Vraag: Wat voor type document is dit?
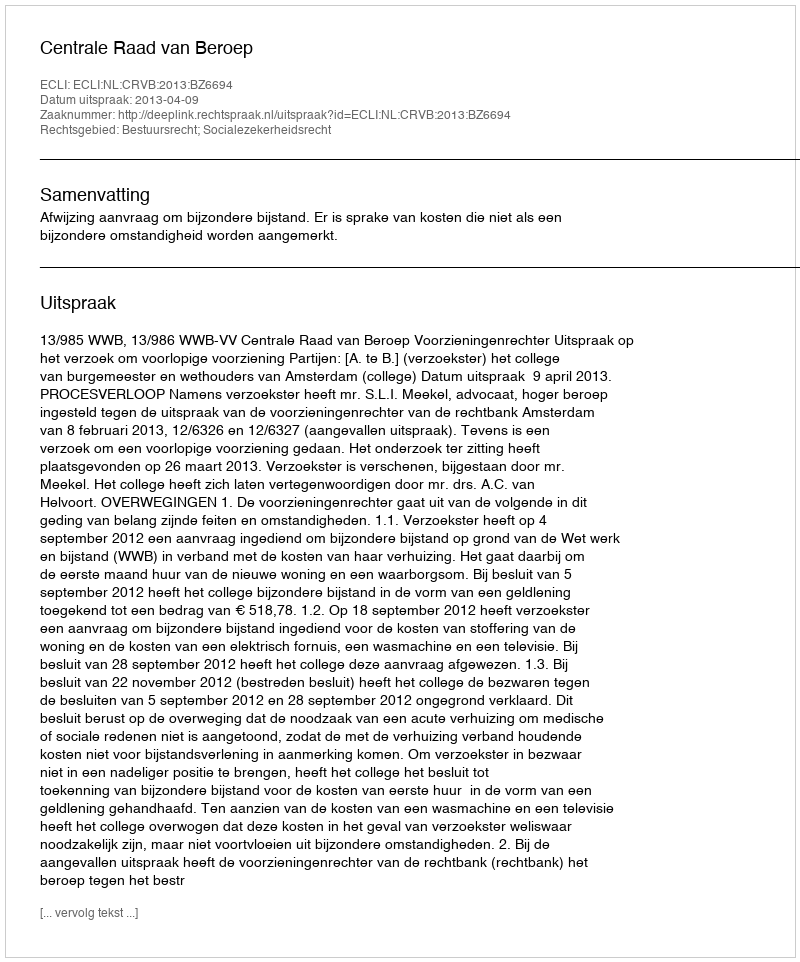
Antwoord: Uitspraak